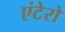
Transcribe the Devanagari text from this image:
एंटेरो